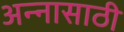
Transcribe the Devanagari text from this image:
अन्‍नासाठी